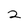
Character: z